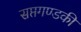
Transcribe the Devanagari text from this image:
सप्तगण्डकी